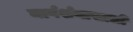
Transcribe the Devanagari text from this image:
मार्गर्शनाखाली